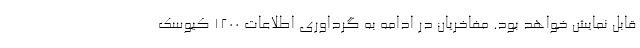
قابل نمایش خواهد بود. مفاخریان در ادامه به گرداوری اطلاعات ۱۲۰۰ کیوسک